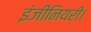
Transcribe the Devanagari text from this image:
इंजीनियरी।